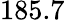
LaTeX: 185.7